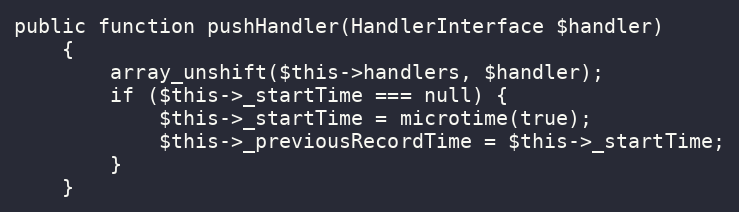
Language: PHP
public function pushHandler(HandlerInterface $handler)
    {
        array_unshift($this->handlers, $handler);
        if ($this->_startTime === null) {
            $this->_startTime = microtime(true);
            $this->_previousRecordTime = $this->_startTime;
        }
    }